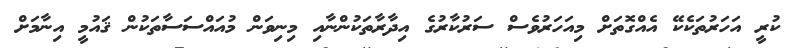
ކުރީ އަހަރުތަކެކޭ އެއްގޮތަށް މިއަހަރުވެސް ސަރުކާރުގެ އިދާރާތަކުންނާއި މިނިވަން މުއައްސަސާތަކުން ޤައުމީ އިނާމަށް